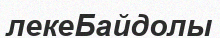
лекеБайдолы